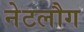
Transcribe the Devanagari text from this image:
नेटलौग